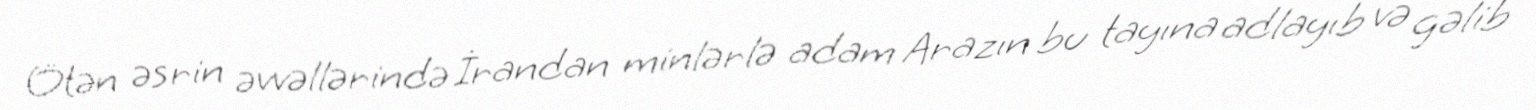
Ötən əsrin əvvəllərində İrandan minlərlə adam Arazın bu tayına adlayıb və gəlib